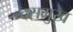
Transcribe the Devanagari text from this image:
दसमुख